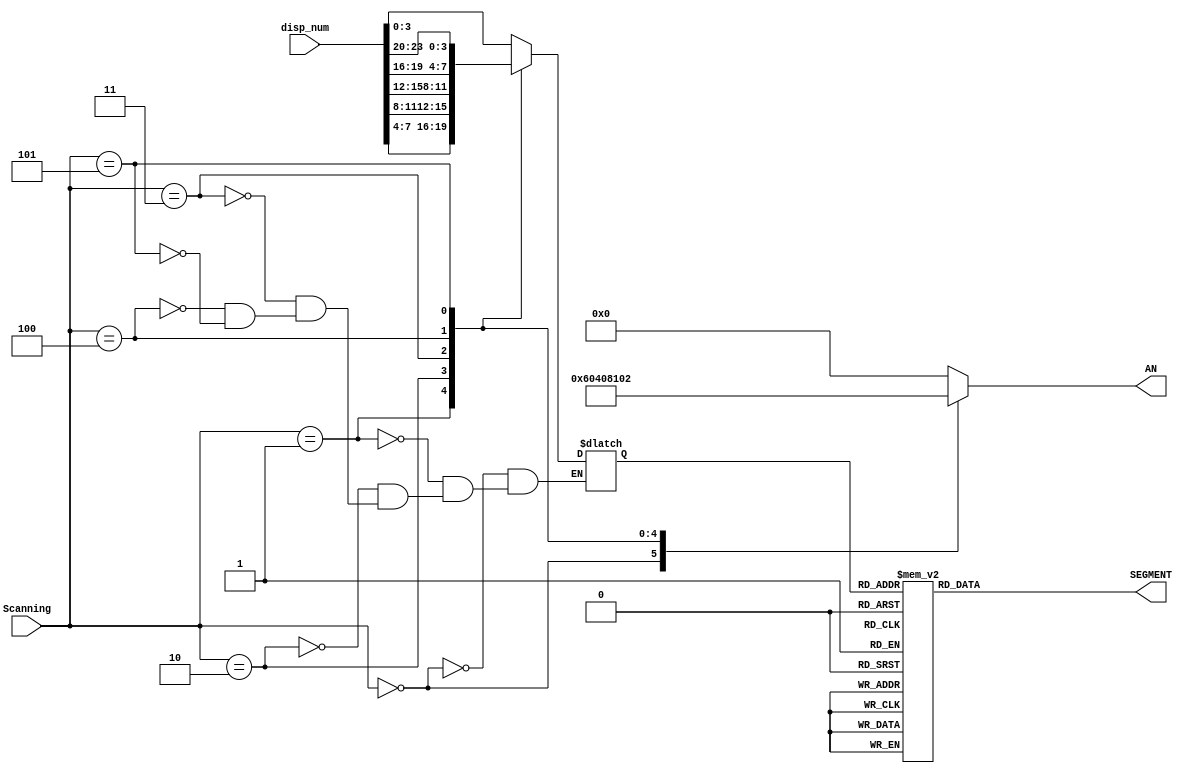
`timescale 1ns / 1ps
//////////////////////////////////////////////////////////////////////////////////
// Company: 
// Engineer: 
// 
// Design Name: 
// Module Name:    Hex7seg_decode 
// Project Name: 
// Target Devices: 
// Tool versions: 
// Description: 
//
// Dependencies: 
//
// Revision: 
// Revision 0.01 - File Created
// Additional Comments: 
//
//////////////////////////////////////////////////////////////////////////////////
module Hex7seg_decode(
      input wire [23:0] disp_num ,	
		input wire[2:0] Scanning,	
		output wire [7:0] SEGMENT,	
		output reg [5:0] AN		
    );

   reg [3:0] digit;
	reg [7:0] digit_seg;
	
	assign SEGMENT = digit_seg;
	
	always @ (*) 		//0.5ms
		begin
			AN = 6'b000000;
			case (Scanning)	
					3'h0: begin digit[3:0] = disp_num[3:0];	AN = 6'b000001; end
					3'h1: begin digit[3:0] = disp_num[7:4];   AN = 6'b100000; end
					3'h2: begin digit[3:0] = disp_num[11:8];  AN = 6'b010000; end
					3'h3: begin digit[3:0] = disp_num[15:12]; AN = 6'b001000; end
					3'h4: begin digit[3:0] = disp_num[19:16]; AN = 6'b000100; end
					3'h5: begin digit[3:0] = disp_num[23:20]; AN = 6'b000010; end
			endcase	
		end
	
	always @ (*) begin
				case (digit)
				      4'h0: digit_seg = 8'b00111111;
						4'h1: digit_seg = 8'b00000110;
						4'h2: digit_seg = 8'b01011011;
						4'h3: digit_seg = 8'b01001111;
						4'h4: digit_seg = 8'b01100110;
						4'h5: digit_seg = 8'b01101101;
	               4'h6: digit_seg = 8'b01111101;
			         4'h7: digit_seg = 8'b00000111;
						4'h8: digit_seg = 8'b01111111;
						4'h9: digit_seg = 8'b01101111;
						4'hA: digit_seg = 8'b01110111;
						4'hB: digit_seg = 8'b01111100;
						4'hC: digit_seg = 8'b00111001;
						4'hD: digit_seg = 8'b01011110;
						4'hE: digit_seg = 8'b01111001;
						4'hF: digit_seg = 8'b01110001;
				endcase
	end


endmodule